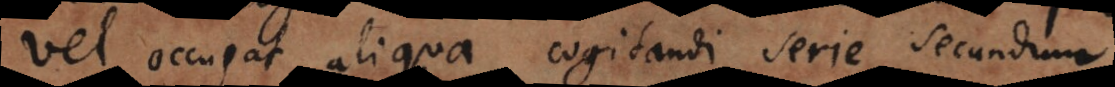
vel occupat aliqua cogitandi serie secundum